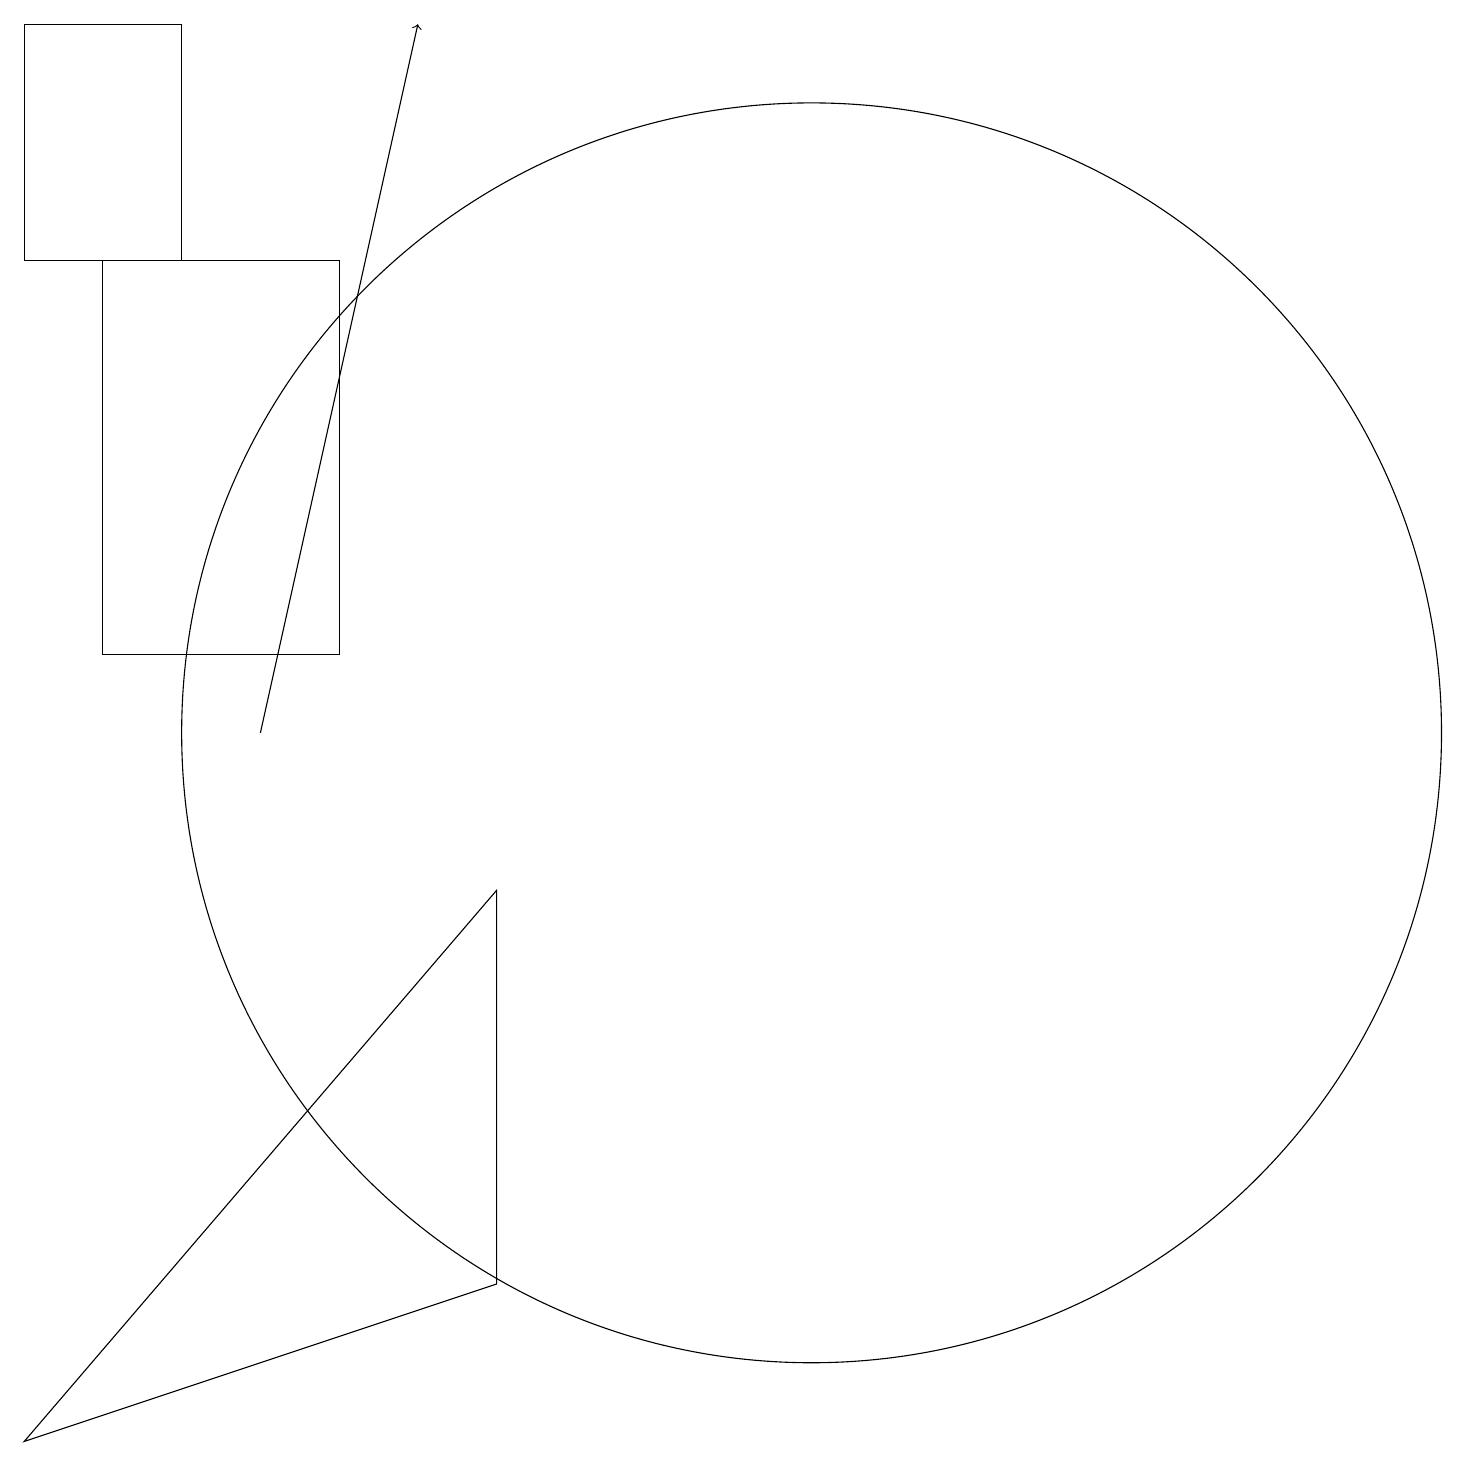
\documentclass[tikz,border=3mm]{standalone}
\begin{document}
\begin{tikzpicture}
\draw (4,19) rectangle (2,16);
\draw[->] (5,10) -- (7,19);
\draw (12,10) circle (8);
\draw (8,3) -- (2,1) -- (8,8) -- cycle;
\draw (6,11) rectangle (3,16);
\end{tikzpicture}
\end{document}